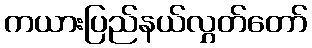
ကယားပြည်နယ်လွှတ်တော်